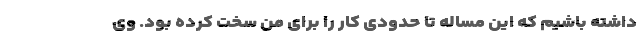
داشته باشیم که این مساله تا حدودی کار را برای من سخت کرده بود. وی